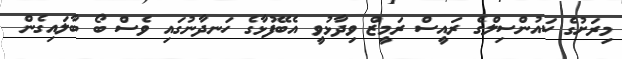
މިރަށުގެ ކައުންސިލްގެ ރައީސް ރަމީޒް ވިދާޅުވީ އެބޭފުޅާގެ ހަނދާނުގައި ވެސް ބޯ ބާލައިގެން